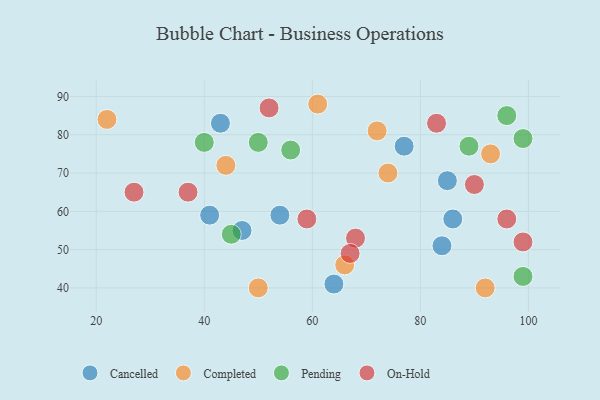
{"axis": {"x": "GDP", "y": "Life Expectancy"}, "legend": ["Cancelled", "Completed", "On-Hold", "Pending"], "data": [{"x": "64", "y": 41, "type": "Cancelled"}, {"x": "86", "y": 58, "type": "Cancelled"}, {"x": "77", "y": 77, "type": "Cancelled"}, {"x": "54", "y": 59, "type": "Cancelled"}, {"x": "85", "y": 68, "type": "Cancelled"}, {"x": "47", "y": 55, "type": "Cancelled"}, {"x": "43", "y": 83, "type": "Cancelled"}, {"x": "41", "y": 59, "type": "Cancelled"}, {"x": "84", "y": 51, "type": "Cancelled"}, {"x": "66", "y": 46, "type": "Completed"}, {"x": "72", "y": 81, "type": "Completed"}, {"x": "44", "y": 72, "type": "Completed"}, {"x": "50", "y": 40, "type": "Completed"}, {"x": "74", "y": 70, "type": "Completed"}, {"x": "22", "y": 84, "type": "Completed"}, {"x": "61", "y": 88, "type": "Completed"}, {"x": "93", "y": 75, "type": "Completed"}, {"x": "92", "y": 40, "type": "Completed"}, {"x": "45", "y": 54, "type": "Pending"}, {"x": "89", "y": 77, "type": "Pending"}, {"x": "96", "y": 85, "type": "Pending"}, {"x": "99", "y": 43, "type": "Pending"}, {"x": "99", "y": 79, "type": "Pending"}, {"x": "40", "y": 78, "type": "Pending"}, {"x": "56", "y": 76, "type": "Pending"}, {"x": "50", "y": 78, "type": "Pending"}, {"x": "68", "y": 53, "type": "On-Hold"}, {"x": "27", "y": 65, "type": "On-Hold"}, {"x": "99", "y": 52, "type": "On-Hold"}, {"x": "59", "y": 58, "type": "On-Hold"}, {"x": "67", "y": 49, "type": "On-Hold"}, {"x": "96", "y": 58, "type": "On-Hold"}, {"x": "52", "y": 87, "type": "On-Hold"}, {"x": "83", "y": 83, "type": "On-Hold"}, {"x": "37", "y": 65, "type": "On-Hold"}, {"x": "90", "y": 67, "type": "On-Hold"}]}